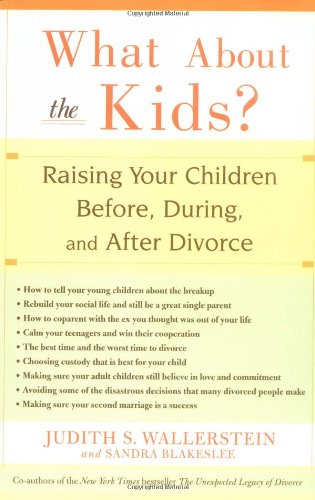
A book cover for What About the Kids?: Raising Your Children Before, During, and After Divorce; Judith S. Wallerstein; Parenting & Relationships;